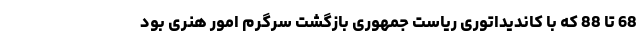
68 تا 88 که با کاندیداتوری ریاست جمهوری بازگشت سرگرم امور هنری بود